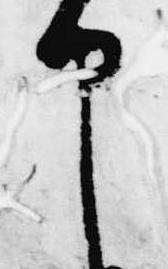
申